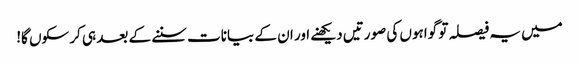
میں یہ فیصلہ تو گواہوں کی صورتیں دیکھنے اور ان کے بیانات سننے کے بعد ہی کر سکوں گا!